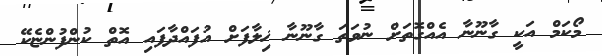
މޯކަމް އަކީ ގާނޫނާ އެއްގޮތަށް ނުވަތަ ގާނޫނާ ޚިލާފަށް އުފައްދާފައި އޮތް ކުންފުންޏެކޭ